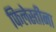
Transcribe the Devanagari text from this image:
फिलेस्तीना